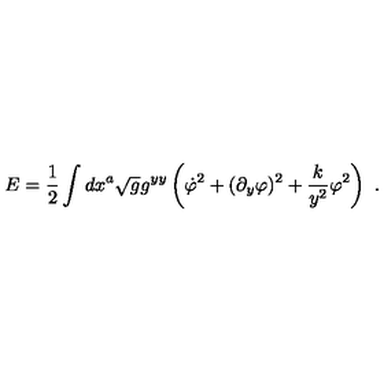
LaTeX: E = { \frac { 1 } { 2 } } \int d x ^ { a } \sqrt { g } g ^ { y y } \left( \dot { \varphi } ^ { 2 } + ( \partial _ { y } \varphi ) ^ { 2 } + { \frac { k } { y ^ { 2 } } } \varphi ^ { 2 } \right) \ .